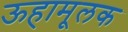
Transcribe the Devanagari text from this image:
ऊहामूलक